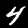
Digit: 4